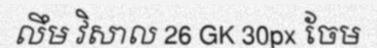
លឹម វិសាល 26 GK 30px ចែម